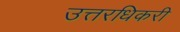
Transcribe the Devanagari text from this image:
उत्तरधिकरी